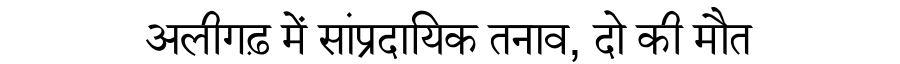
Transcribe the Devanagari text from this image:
अलीगढ़ में सांप्रदायिक तनाव, दो की मौत